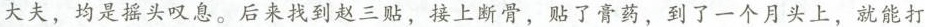
大夫，均是摇头叹息。后来找到赵三贴，接上断骨，贴了膏药，到了一个月头上，就能打